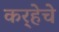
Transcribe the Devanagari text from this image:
कर्‍हेचे